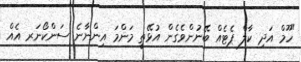
"ހޫމް އަދި ކާލް ޕެޓެއް ބޭނުންވެގެން އުޅޭތީ މަންމަ އިންނާނެ ސަންކޯނަރ އެއް